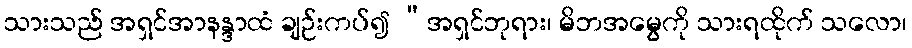
သားသည် အရှင်အာနန္ဒာထံ ချဉ်းကပ်၍ “အရှင်ဘုရား၊ မိဘအမွေကို သားရထိုက် သလော၊